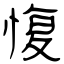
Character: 愎